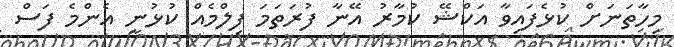
މިހާތަނަށް ކުޅެފައިވާ އަކްޝޭ ކުމާރު އޭނާ ފުރަތަމަ ފިލްމެއް ކުޅުނީ އެންމެ ފަސް